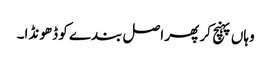
وہاں پہنچ کر پھر اصل بندے کو ڈھونڈا۔